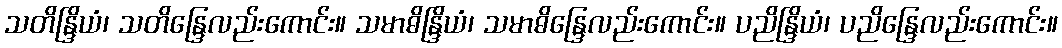
သတိန္ဒြိယံ၊ သတိန္ဒြေလည်းကောင်း။ သမာဓိန္ဒြိယံ၊ သမာဓိန္ဒြေလည်းကောင်း။ ပညိန္ဒြိယံ၊ ပညိန္ဒြေလည်းကောင်း။